NAE_ERA_R-1665_Eesti_Kunstnike_Liit, lk 13
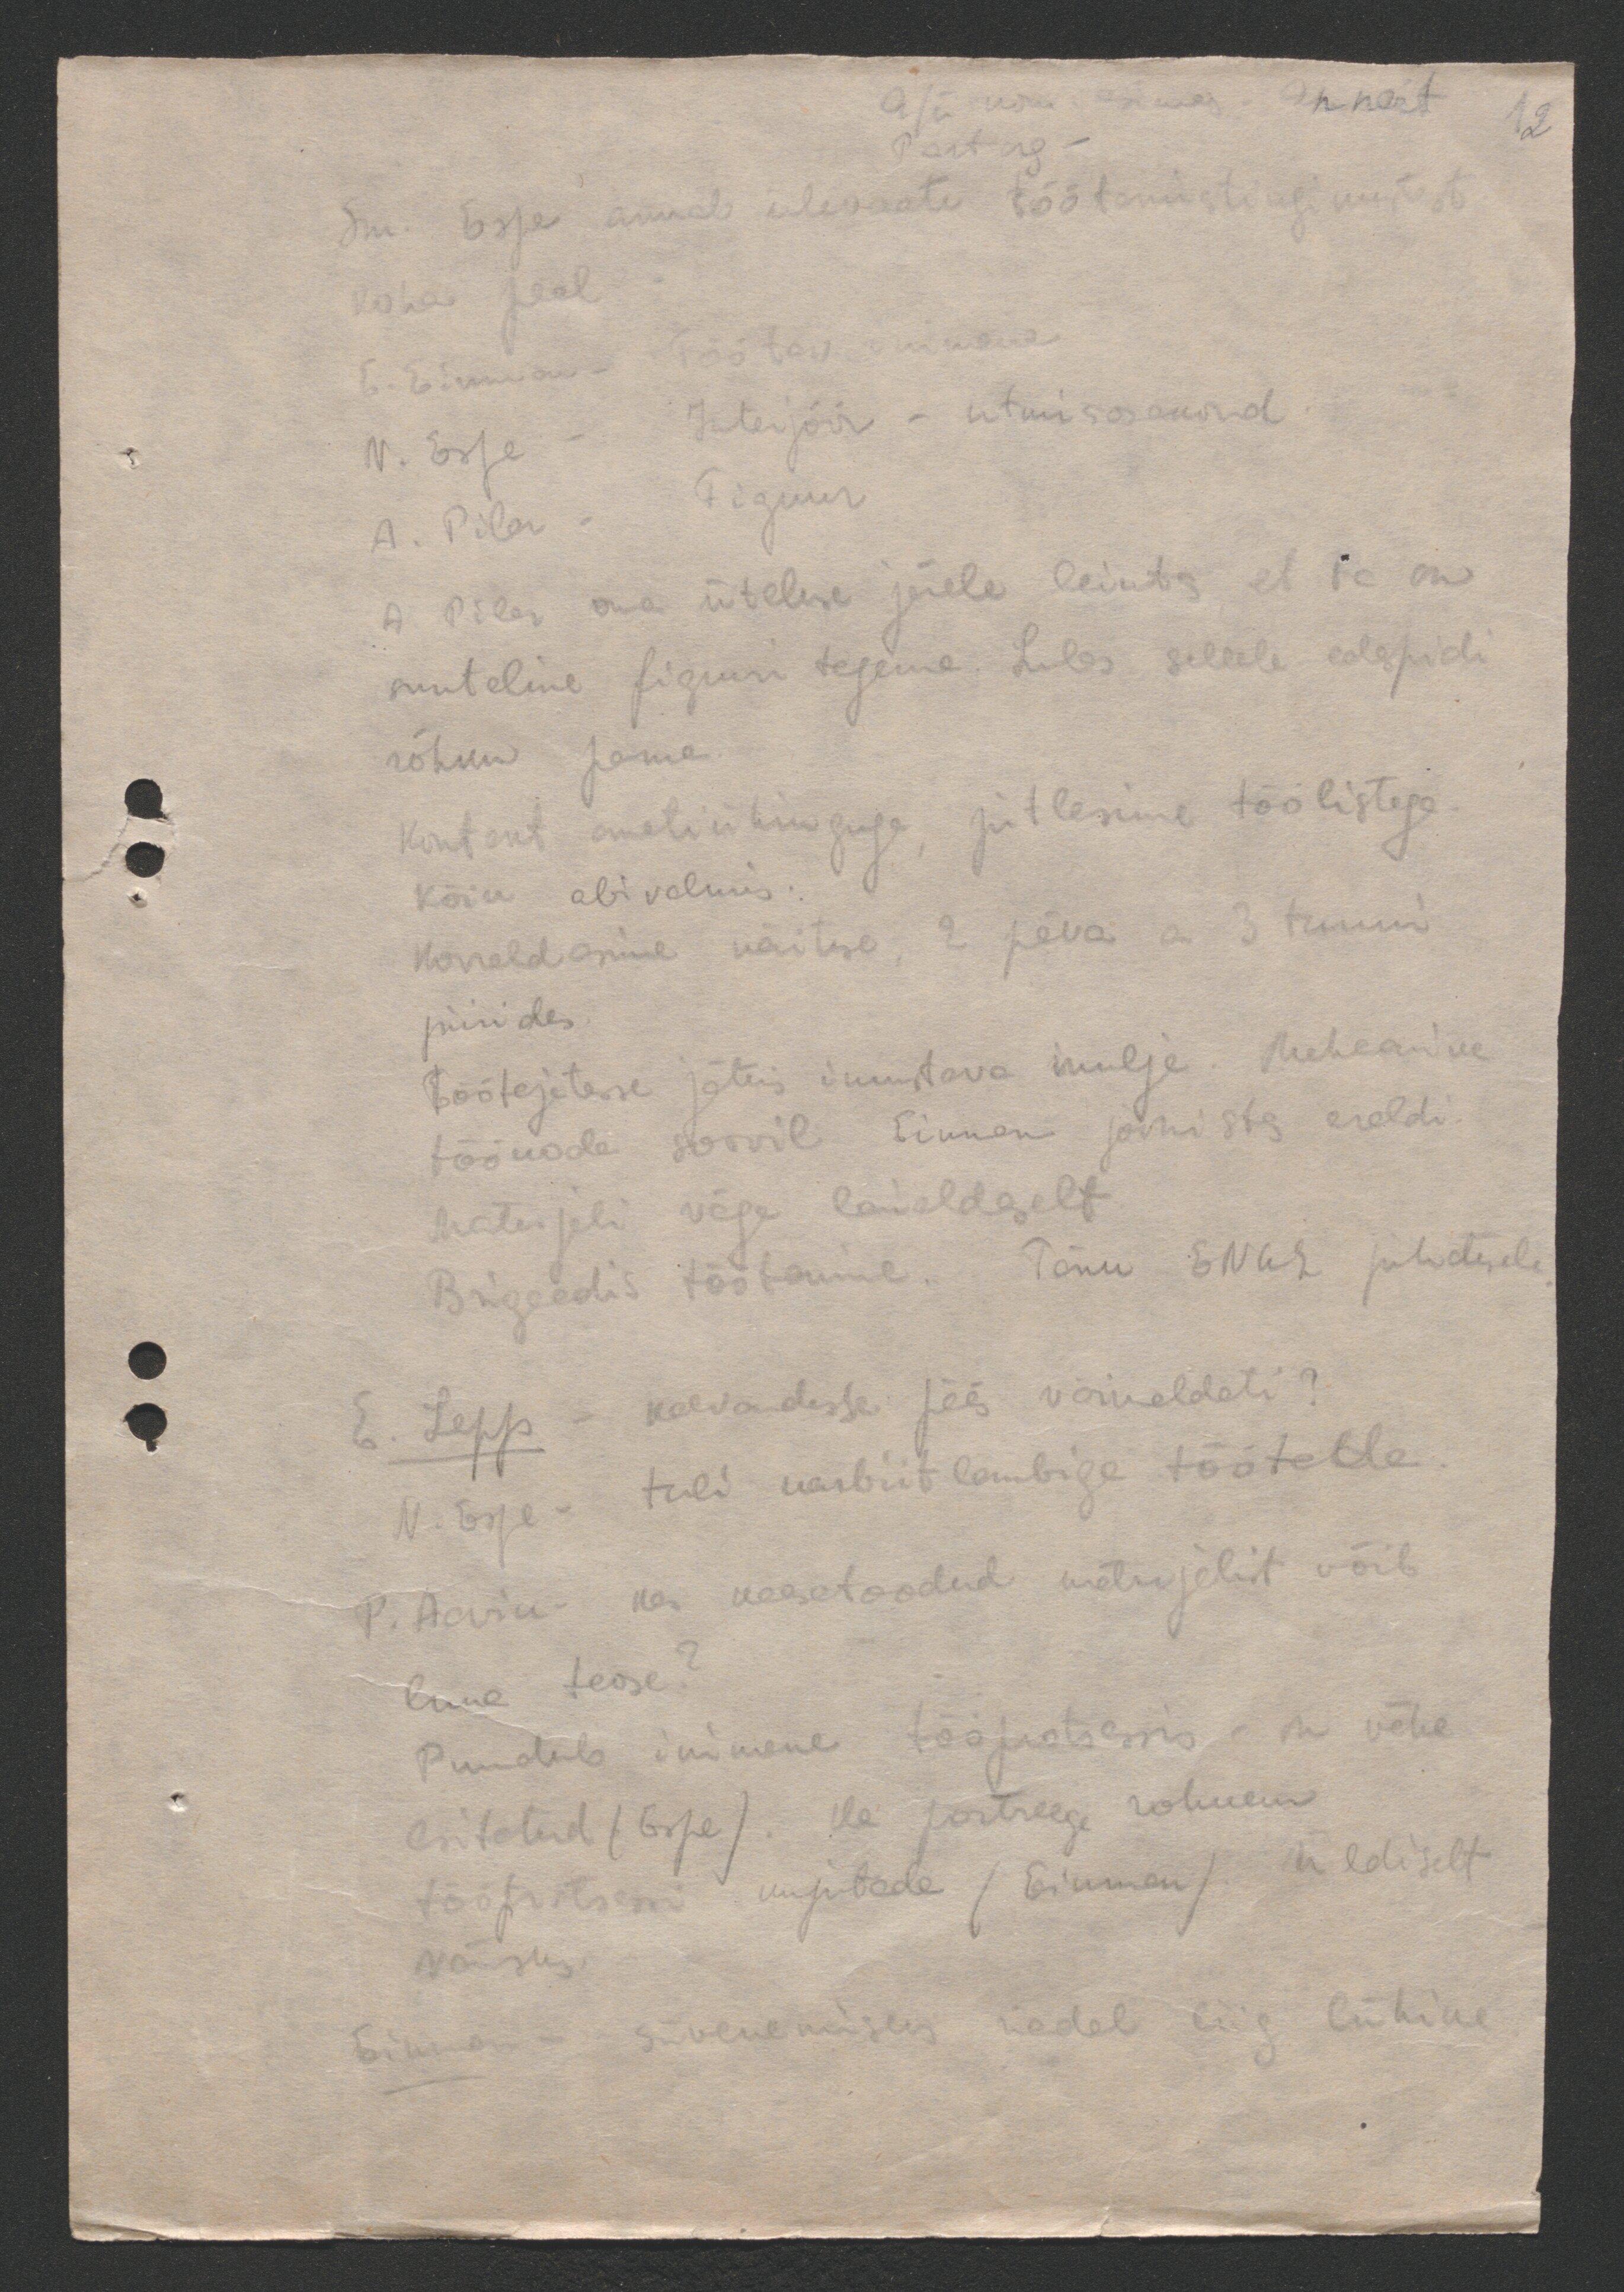
A/üduriku esimees Annert
12
Partorg-
Sm. Espe annab ülevaate töötamistingimustest
koha peal.
E. Einman - Töötav inimene
V. Espe - Interjöör - istumisosakond
A. Pila - Figuur
A. Pila oma üteluse järele leints, et ta on
suuteline figuure tegema. Lubas sellele edspidi
rõhku panna
Kontent ametiühinguse, jutlesime töölistega
Kõik abivalmis:
korraldasime näituse, 2 päva a 3 tunni
piirides
Töötajatesse jättis innustava mulje. Mehaanika
töökoda soovil Einman joonistas eraldi
materjali väga laialdaselt
Brigaadis töötamine. Tänu ENKL juhatusele
E. Lepp - kaevandusse pääs võimaldati?
N. Espe- tuli karbiit lambiga töötada.
P. Aain kas kaasatoodud materjalist võib
luua teose?
Puudub inimene tööprotsessis - on vähe
esitatud (Espe). He portreega rohkem
tööprotsessi kujutada (Einman) on üldiselt
moistus.
Einman- süvenemiseks redel liig lühike